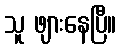
သူ ဖျားနေပြီ။